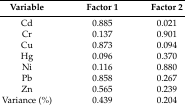
<table><thead><tr><td><b>Variable</b></td><td><b>Factor 1</b></td><td><b>Factor 2</b></td></tr></thead><tbody><tr><td>Cd</td><td>0.885</td><td>0.021</td></tr><tr><td>Cr</td><td>0.137</td><td>0.901</td></tr><tr><td>Cu</td><td>0.873</td><td>0.094</td></tr><tr><td>Hg</td><td>0.096</td><td>0.370</td></tr><tr><td>Ni</td><td>0.116</td><td>0.880</td></tr><tr><td>Pb</td><td>0.858</td><td>0.267</td></tr><tr><td>Zn</td><td>0.565</td><td>0.239</td></tr><tr><td>Variance (%)</td><td>0.439</td><td>0.204</td></tr></tbody></table>